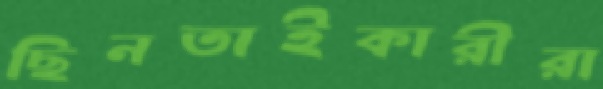
ছিনতাইকারীরা